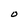
Character: O